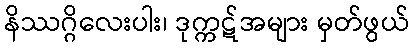
နိဿဂ္ဂိလေးပါး၊ ဒုက္ကဋ်အများ မှတ်ဖွယ်